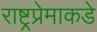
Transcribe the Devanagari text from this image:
राष्ट्रप्रेमाकडे